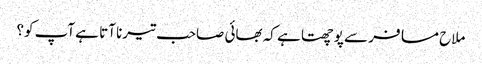
ملاح مسافر سے پوچھتا ہے کہ بھائی صاحب تیرنا آتا ہے آپ کو؟